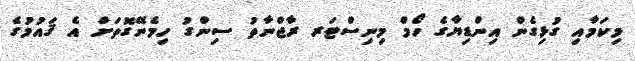
މިކަމާއި ގުޅިގެން އިންޑިޔާގެ ހޯމް މިނިސްޓަރ ރާޖްނާތު ސިންގު ހިމެނޭގޮތަށް އެ ޤައުމުގެ